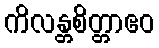
ကိလန္တစိတ္တာဧဝ